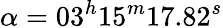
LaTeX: \alpha=03^{h}15^{m}17.82^{s}